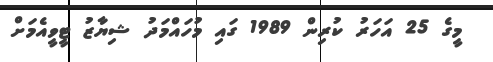
މީގެ 25 އަހަރު ކުރިން 1989 ގައި މުހައްމަދު ޝިޔާޒު ޓީވީއެމަށް